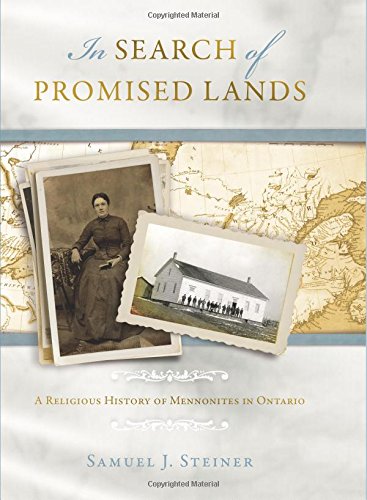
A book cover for In Search of Promised Lands: A Religious History of Mennonites in Ontario (Studies of Anabaptist and Mennonite History); Samuel J. Steiner; Christian Books & Bibles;